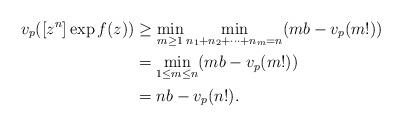
LaTeX: \begin{align*}v_p([z^n]\exp f(z))&\geq\min_{m\ge1}\min_{n_1+n_2+\dots+n_m=n}(mb-v_p(m!))\\&=\min_{1\le m\le n}(mb-v_p(m!))\\&=nb-v_p(n!).\end{align*}